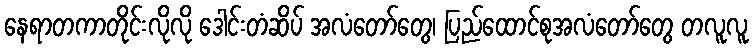
နေရာတကာတိုင်းလိုလို ဒေါင်းတံဆိပ် အလံတော်တွေ၊ ပြည်ထောင်စုအလံတော်တွေ တလူလူ